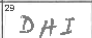
Transcription: DHI